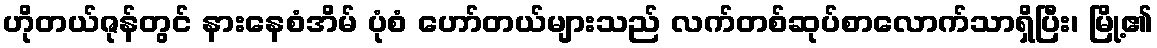
ဟိုတယ်ဇုန်တွင် နားနေစံအိမ် ပုံစံ ဟော်တယ်များသည် လက်တစ်ဆုပ်စာလောက်သာရှိပြီး၊ မြို့၏